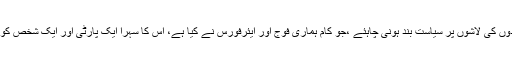
انہوں نے کہا کہ شہیدوں کی لاشوں پر سیاست بند ہونی چاہئے ،جو کام ہماری فوج اور ایئرفورس نے کیا ہے، اس کا سہرا ایک پارٹی اور ایک شخص کو نہیں دیا جاسکتا ہے ۔